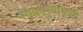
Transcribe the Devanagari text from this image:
साफल्यासाठी